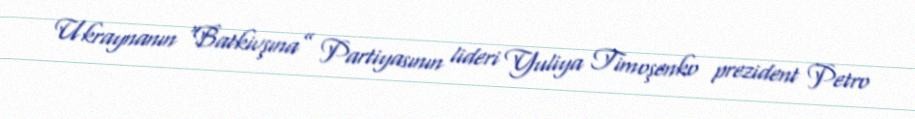
Ukraynanın “Batkivşına” Partiyasının lideri Yuliya Timoşenko prezident Petro